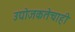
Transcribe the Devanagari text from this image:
उद्योजकतेचाही